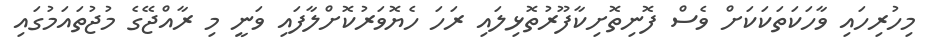
މިހުރިހައި ވާހަކަތަކަކަށް ވެސް ފޮނިތޮށިކާފޫރުތޮޅިލައި ރަހަ ހެޔޮވަރުކޮށްލާފައި ވަނީ މި ރާއްޖޭގެ މުޖުތައަމުގައި